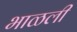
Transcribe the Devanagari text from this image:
भाळली